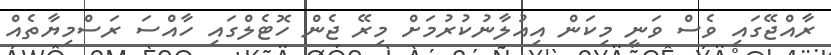
ރާއްޖޭގައި ވެސް ވަނީ މިކަން އިއުލާނުކުރުމަށް މިރޭ ޖެން ހޮޓެލްގައި ހާއްްސަ ރަސްމިޔާތެއް